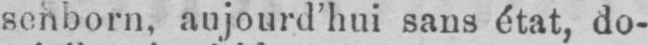
senborn, aujourd’hui sans état, do-